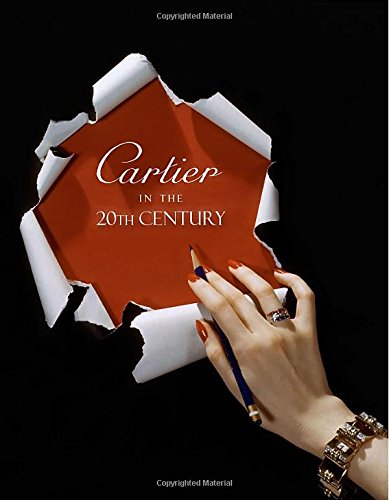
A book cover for Cartier in the 20th Century; Margaret Young-Sanchez; Crafts, Hobbies & Home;